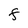
Character: F